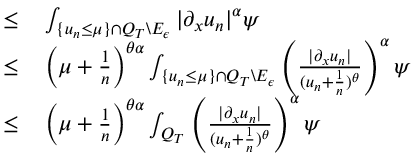
\begin{array} { r l } { \leq } & { { } \int _ { \{ u _ { n } \leq \mu \} \cap Q _ { T } \backslash E _ { \epsilon } } | \partial _ { x } u _ { n } | ^ { \alpha } \psi } \\ { \leq } & { { } \left( \mu + \frac { 1 } { n } \right) ^ { \theta \alpha } \int _ { \{ u _ { n } \leq \mu \} \cap Q _ { T } \backslash E _ { \epsilon } } \left( \frac { | \partial _ { x } u _ { n } | } { ( u _ { n } + \frac { 1 } { n } ) ^ { \theta } } \right) ^ { \alpha } \psi } \\ { \leq } & { { } \left( \mu + \frac { 1 } { n } \right) ^ { \theta \alpha } \int _ { Q _ { T } } \left( \frac { | \partial _ { x } u _ { n } | } { ( u _ { n } + \frac { 1 } { n } ) ^ { \theta } } \right) ^ { \alpha } \psi } \end{array}